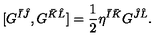
[ G ^ { \bar { I } \hat { J } } , G ^ { \bar { K } \hat { L } } ] = { \frac { 1 } { 2 } } \eta ^ { \bar { I } \bar { K } } G ^ { \hat { J } \hat { L } } .